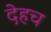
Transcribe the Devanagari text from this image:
देहच